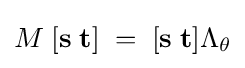
M\;[\mathbf {s} \;\mathbf {t} ]\;=\;[\mathbf {s} \;\mathbf {t} ]\Lambda _{\theta }